Vaccine operations Central Provinces 1900-1911 - 1900-1911
Year: 1900
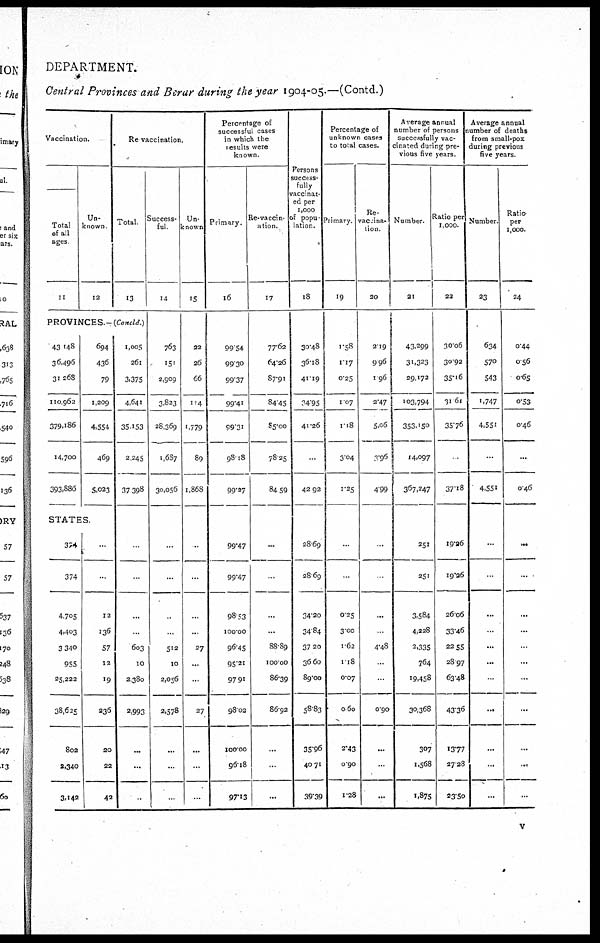
DEPARTMENT.
Central Provinces and Berur during the year 1904-05.—(Contd.)
Vaccination.
Total
of all
ages
11
Un-
known
12
Re-vaccination.
Total
13
Success¬
ful
14
PROVINCES.- (Concld.)
43,148
36,496
31,268
110,962
379,186
14,700
393,886
694
436
79
1,209
4,554
469
5,023
STATES.
374
374
4,705
4,403
3,340
955
25,222
38,625
802
2,340
3,142
...
...
12
136
57
12
19
236
20
22
42
1,005
261
3,375
4,641
35,153
2,245
37,398
...
...
...
...
603
10
2,380
2,993
...
...
...
763
151
2,909
3,823
28,369
1,687
30,056
...
...
...
...
512
10
2,056
2,578
...
...
...
Un¬
known
15
22
26
66
114
1,779
89
1,868
...
...
...
...
27
...
...
27
...
...
...
Percentage of
successful cases
in which the
Results were
known.
Primary.
16
99.54
99.30
99.37
99.41
99.31
98.18
99.27
99.47
99.47
98.53
100.00
96.45
95.21
97.91
98.02
100.00
96.18
97.13
Re-vaccin¬
ation.
17
77.62
64.26
87.91
84.45
85.00
78.25
84.59
...
...
...
...
88.89
100.00
86.39
86.92
...
...
...
Persons
success-
fully
vaccinat-
ed per
1,000
of popu¬
lation.
18
30.48
36.18
41.19
34.95
41.26
...
42.92
28.69
28.69
34.20
34.84
37.20
36.60
89.00
58.83
35.96
40.71
39.39
Percentage of
unknown cases
to total cases.
Primary.
19
1.58
1.17
0.25
1.07
1.18
3.04
1.25
...
...
0.25
3.00
1.62
1.18
0.07
0.60
2.43
0.90
1.28
Re¬
vaccina¬
tion
20
2.19
9.96
1.96
2.47
5.06
3.96
4.99
...
...
...
...
4.48
...
...
0.90
...
...
...
Average annual
number of persons
Successfully vac-
cinated during pre-
vious five years.
Number.
21
43,299
31,323
29,172
103,794
353,150
14,097
367,247
251
251
3,584
4,228
2,335
764
19,458
30,368
307
1,568
1,875
Ratio per
1,000.
22
30.06
30.92
35.16
31.61
35.76
...
37.18
19.26
19.26
26.06
33.46
22.55
28.97
63.48
43.36
13.77
27.28
23.50
Average annual
lumber of deaths
from small-pox
during previous
five years.
Number.
23
634
570
543
1,747
4,551
...
4,551
...
...
...
...
...
...
...
...
...
...
...
Ratio¬
per
1,000.
24
0.44
0.56
0.65
0.53
0.46
...
0.46
...
...
...
...
...
...
...
...
...
...
...
v